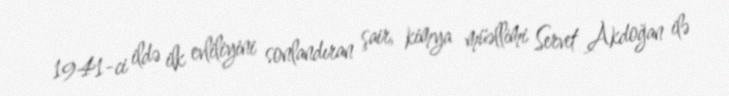
1941-ci ildə ilk evliliyini sonlandıran şair, kimya müəllimi Servet Akdoğan ilə